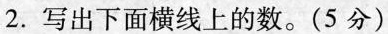
2. 写出下面横线上的数。(5分)